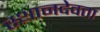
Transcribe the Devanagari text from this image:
स्थानदेवता